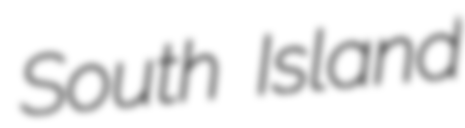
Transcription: South Island